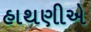
હાથણીએ